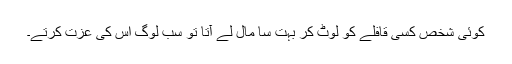
کوئی شخص کسی قافلے کو لوٹ کر بہت سا مال لے آتا تو سب لوگ اس کی عزت کرتے۔